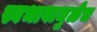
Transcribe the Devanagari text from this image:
स्वभावामुळेच